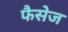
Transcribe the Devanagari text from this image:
फैसेज